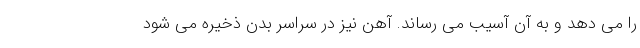
را می دهد و به آن آسیب می رساند. آهن نیز در سراسر بدن ذخیره می شود